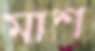
মাশ